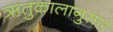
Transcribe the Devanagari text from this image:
ऋतुकालानुसार